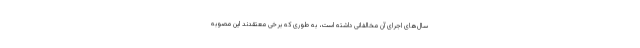
سال‌های اجرای آن مخالفانی داشته است، به طوری که برخی معتقدند این مصوبه